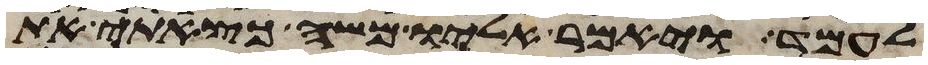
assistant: לעמד ויאמר אליו משה כצאתי את